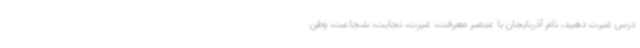
درس غیرت دهید، نام آذربایجان با عنصر معرفت، غیرت، نجابت، شجاعت، وطن